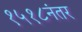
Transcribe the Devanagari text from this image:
१५१८नंतर